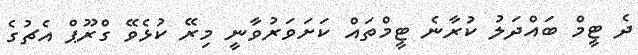
ދެ ޓީމް ބައްދަލު ކުރާނެ ޓީމްތައް ކަށަވަރުވާނީ މިރޭ ކުޅެވޭ ގްރޫޕް އެޗުގެ